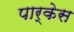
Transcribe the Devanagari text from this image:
पार्केस